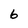
Character: 6